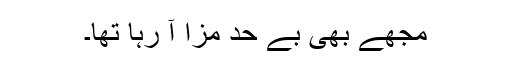
مجھے بھی بے حد مزا آ رہا تھا۔